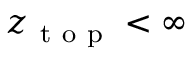
z _ { \mathrm { ~ t ~ o ~ p ~ } } < \infty